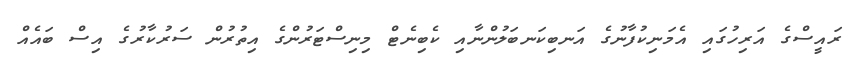
ރައީސްގެ އަރިހުގައި އެމަނިކުފާނުގެ އަނބިކަނބަލުންނާއި ކެބިނެޓް މިނިސްޓަރުންގެ އިތުރުން ސަރުކާރުގެ އިސް ބައެއް